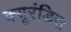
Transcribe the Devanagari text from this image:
क्यूरंडिस